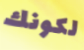
لكونك